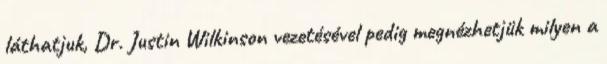
láthatjuk, Dr. Justin Wilkinson vezetésével pedig megnézhetjük milyen a